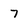
Character: 7